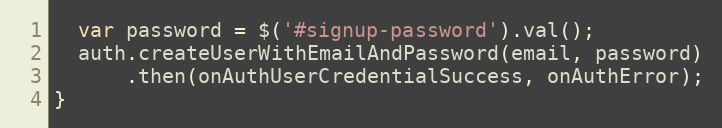
Language: JavaScript
  var password = $('#signup-password').val();
  auth.createUserWithEmailAndPassword(email, password)
      .then(onAuthUserCredentialSuccess, onAuthError);
}